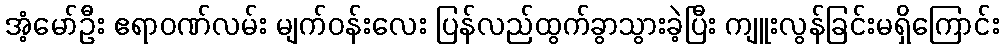
အံ့မော်ဦး ဧရာဝဏ်လမ်း မျက်ဝန်းလေး ပြန်လည်ထွက်ခွာသွားခဲ့ပြီး ကျူးလွန်ခြင်းမရှိကြောင်း